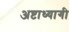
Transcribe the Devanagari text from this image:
अष्टाध्यागी